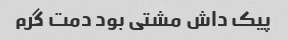
پیک داش مشتی بود دمت گرم